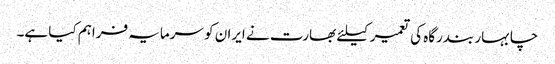
چابہار بندرگاہ کی تعمیر کیلئے بھارت نے ایران کو سرمایہ فراہم کیا ہے۔